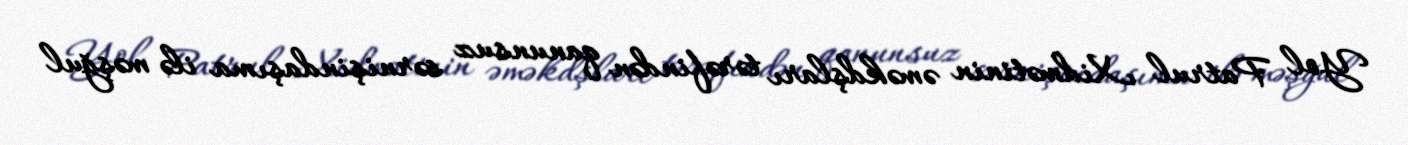
Yol Patrul Xidmətinin əməkdşları tərəfindən qanunsuz sərnişindaşıma ilə məşğul